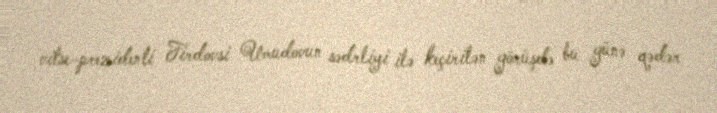
vitse-prezidenti Firdovsi Umudovun sədrliyi ilə keçirilən görüşdə bu günə qədər